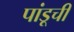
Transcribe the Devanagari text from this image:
पांडूची